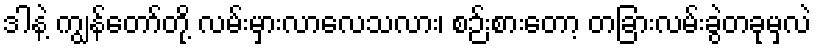
ဒါနဲ့ ကျွန်တော်တို့ လမ်းမှားလာလေသလား၊ စဉ်းစားတော့ တခြားလမ်းခွဲတခုမှလဲ